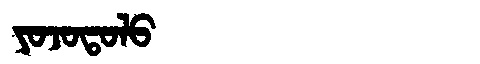
Manchu: ᠶᠣᠵᠣᡨᠣᠯᠣ
Romanization: YOJOTOLO